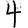
Digit: 4